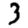
Digit: 3